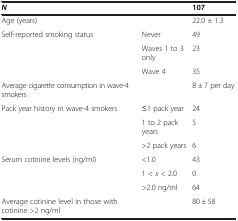
<table><thead><tr><td><b><i>N</i></b></td><td><b> </b></td><td><b>107</b></td></tr></thead><tbody><tr><td>Age (years)</td><td> </td><td>22.0 ± 1.3</td></tr><tr><td>Self-reported smoking status</td><td>Never</td><td>49</td></tr><tr><td> </td><td>Waves 1 to 3 only</td><td>23</td></tr><tr><td> </td><td>Wave 4</td><td>35</td></tr><tr><td>Average cigarette consumption in wave-4 smokers</td><td> </td><td>8 ± 7 per day</td></tr><tr><td>Pack year history in wave-4 smokers</td><td>≤1 pack year</td><td>24</td></tr><tr><td> </td><td>1 to 2 pack years</td><td>5</td></tr><tr><td> </td><td>&gt;2 pack years</td><td>6</td></tr><tr><td>Serum cotinine levels (ng/ml)</td><td>&lt;1.0</td><td>43</td></tr><tr><td> </td><td>1 &lt;<i>x</i> &lt; 2.0</td><td>0</td></tr><tr><td> </td><td>&gt;2.0 ng/ml</td><td>64</td></tr><tr><td>Average cotinine level in those with cotinine &gt;2 ng/ml</td><td> </td><td>80 ± 58</td></tr></tbody></table>